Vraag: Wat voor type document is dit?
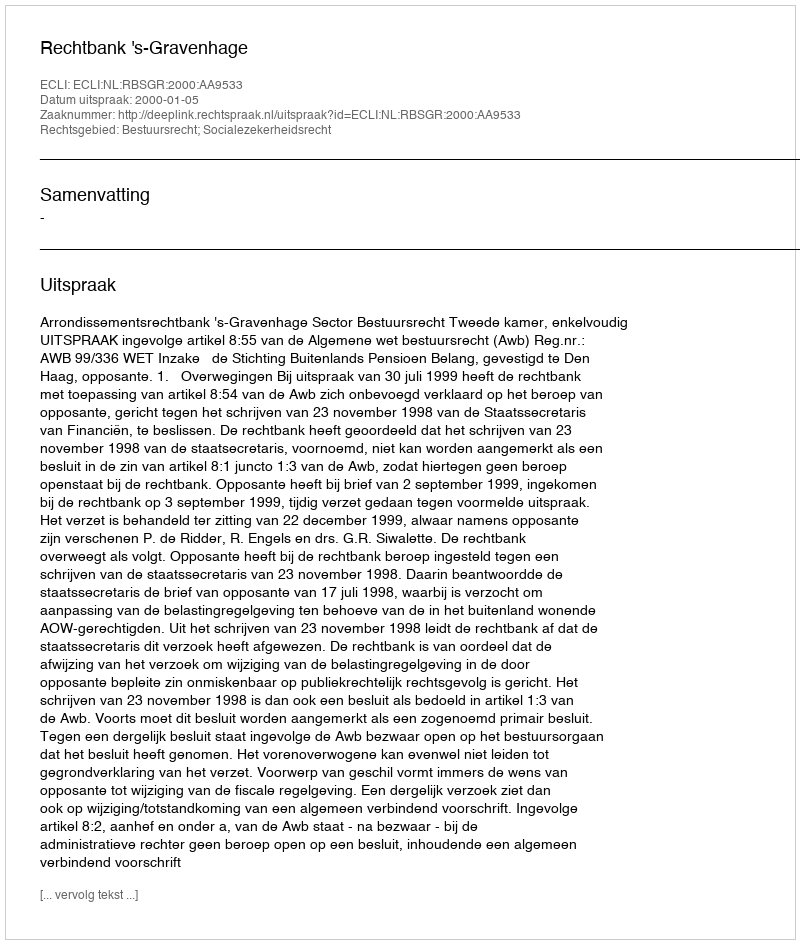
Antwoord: Uitspraak